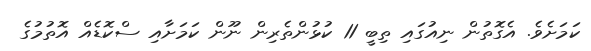
ކަމަށެވެ. އެގޮތުން ނިއުގައި ތިބީ 11 ކުޅުންތެރިން ނޫން ކަމަށާއި ސްކޮޑެއް އޮތުމުގެ